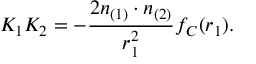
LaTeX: K _ { 1 } K _ { 2 } = - \frac { 2 n _ { ( 1 ) } \cdot n _ { ( 2 ) } } { r _ { 1 } ^ { 2 } } f _ { C } ( r _ { 1 } ) .